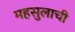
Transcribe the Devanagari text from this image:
महसुलाची